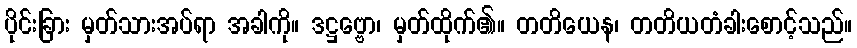
ပိုင်းခြား မှတ်သားအပ်ရာ အခါကို။ ဒဋ္ဌဗ္ဗော၊ မှတ်ထိုက်၏။ တတိယေန၊ တတိယတံခါးစောင့်သည်။